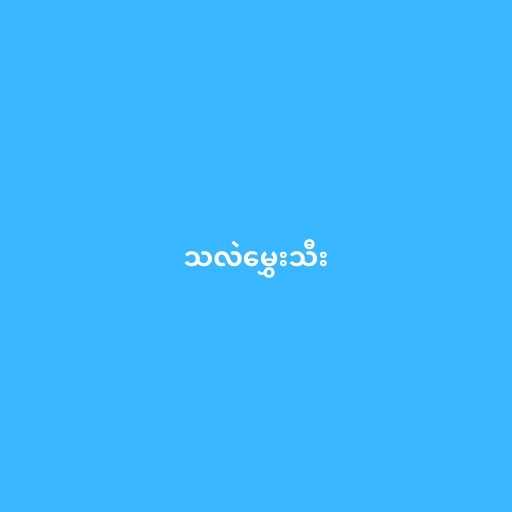
သလဲမွှေးသီး